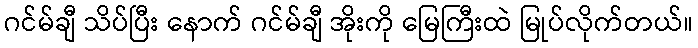
ဂင်မ်ချီ သိပ်ပြီး နောက် ဂင်မ်ချီ အိုးကို မြေကြီးထဲ မြုပ်လိုက်တယ်။